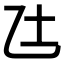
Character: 𫡢